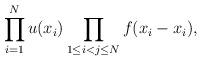
LaTeX: \begin{align*} \prod_{i=1} ^N u(x_i) \prod_{1\leq i< j \leq N} f (x_i-x_i), \end{align*}